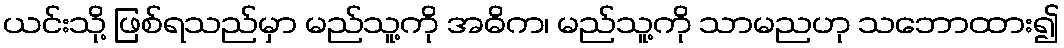
ယင်းသို့ ဖြစ်ရသည်မှာ မည်သူ့ကို အဓိက၊ မည်သူ့ကို သာမညဟု သဘောထား၍